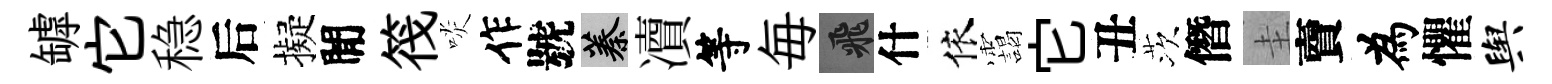
罅它稳后擬閒筏啖作號蓁凟等毎飛什依靄它丑茨僭圭𧶠為懼舆